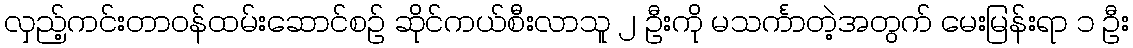
လှည့်ကင်းတာဝန်ထမ်းဆောင်စဉ် ဆိုင်ကယ်စီးလာသူ ၂ ဦးကို မသင်္ကာတဲ့အတွက် မေးမြန်းရာ ၁ ဦး